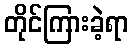
တိုင်ကြားခဲ့ရာ